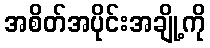
အစိတ်အပိုင်းအချို့ကို